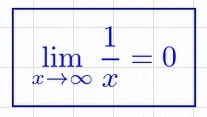
\lim_{x\to\infty}\frac{1}{x}=0